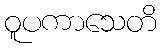
ဝူပကာသေတိ